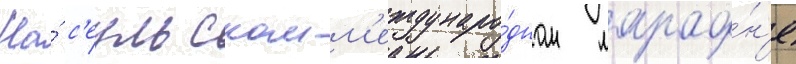
На́ с'еульском м'еждунаро́дном марафо́н'е